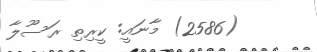
(2586) މާނައީ: ކީރިތި ރަސޫލާ